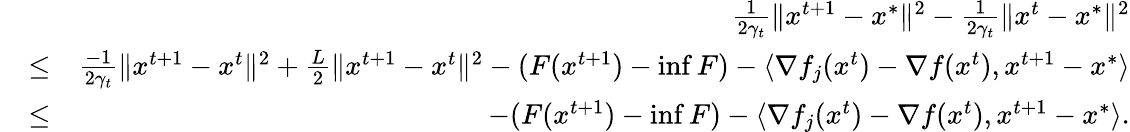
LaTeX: \begin{array}{rlr}&{}&{\frac{1}{2\gamma_{t}}\Vert x^{t+1}-x^{*}\Vert^{2}-\frac{1}{2\gamma_{t}}\Vert x^{t}-x^{*}\Vert^{2}}\\ &{\leq}&{\frac{-1}{2\gamma_{t}}\Vert x^{t+1}-x^{t}\Vert^{2}+\frac{L}{2}\Vert x^{t+1}-x^{t}\Vert^{2}-(F(x^{t+1})-\operatorname*{inf}F)-\langle\nabla f_{j}(x^{t})-\nabla f(x^{t}),x^{t+1}-x^{*}\rangle}\\ &{\leq}&{-(F(x^{t+1})-\operatorname*{inf}F)-\langle\nabla f_{j}(x^{t})-\nabla f(x^{t}),x^{t+1}-x^{*}\rangle.}\end{array}